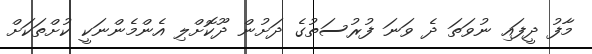
މާފު ދީފައި ނުވަތަ ދެ ވަނަ ފުރުސަތުގެ ދަށުން ދޫކޮށްލި އެންމެންނަކީ ކުށްތަކަށް